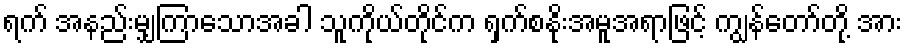
ရက် အနည်းမျှကြာသောအခါ သူကိုယ်တိုင်က ရှက်စနိုးအမူအရာဖြင့် ကျွန်တော်တို့ အား